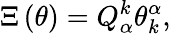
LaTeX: \Xi\left(\theta\right)=Q_{\alpha}^{k}\theta_{k}^{\alpha},